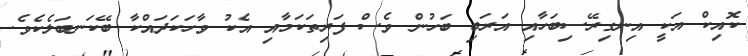
ކޮއިކް އަކީ އިނގިރޭސިބަހާއި އަރަބި ބަހުން ވެސް ފަރިތަކަމާއި އެކު ވާހަކަދައްކާ ބޭކަނބަލެކެވެ.